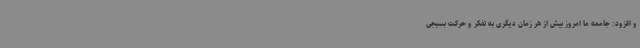
و افزود: جامعه ما امروز بیش از هر زمان دیگری به تفکر و حرکت بسیجی